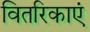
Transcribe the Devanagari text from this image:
वितरिकाएं